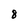
Character: 8